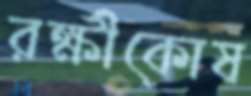
রক্ষীকোষ